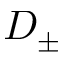
D _ { \pm }